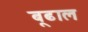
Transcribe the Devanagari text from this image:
बूढाल